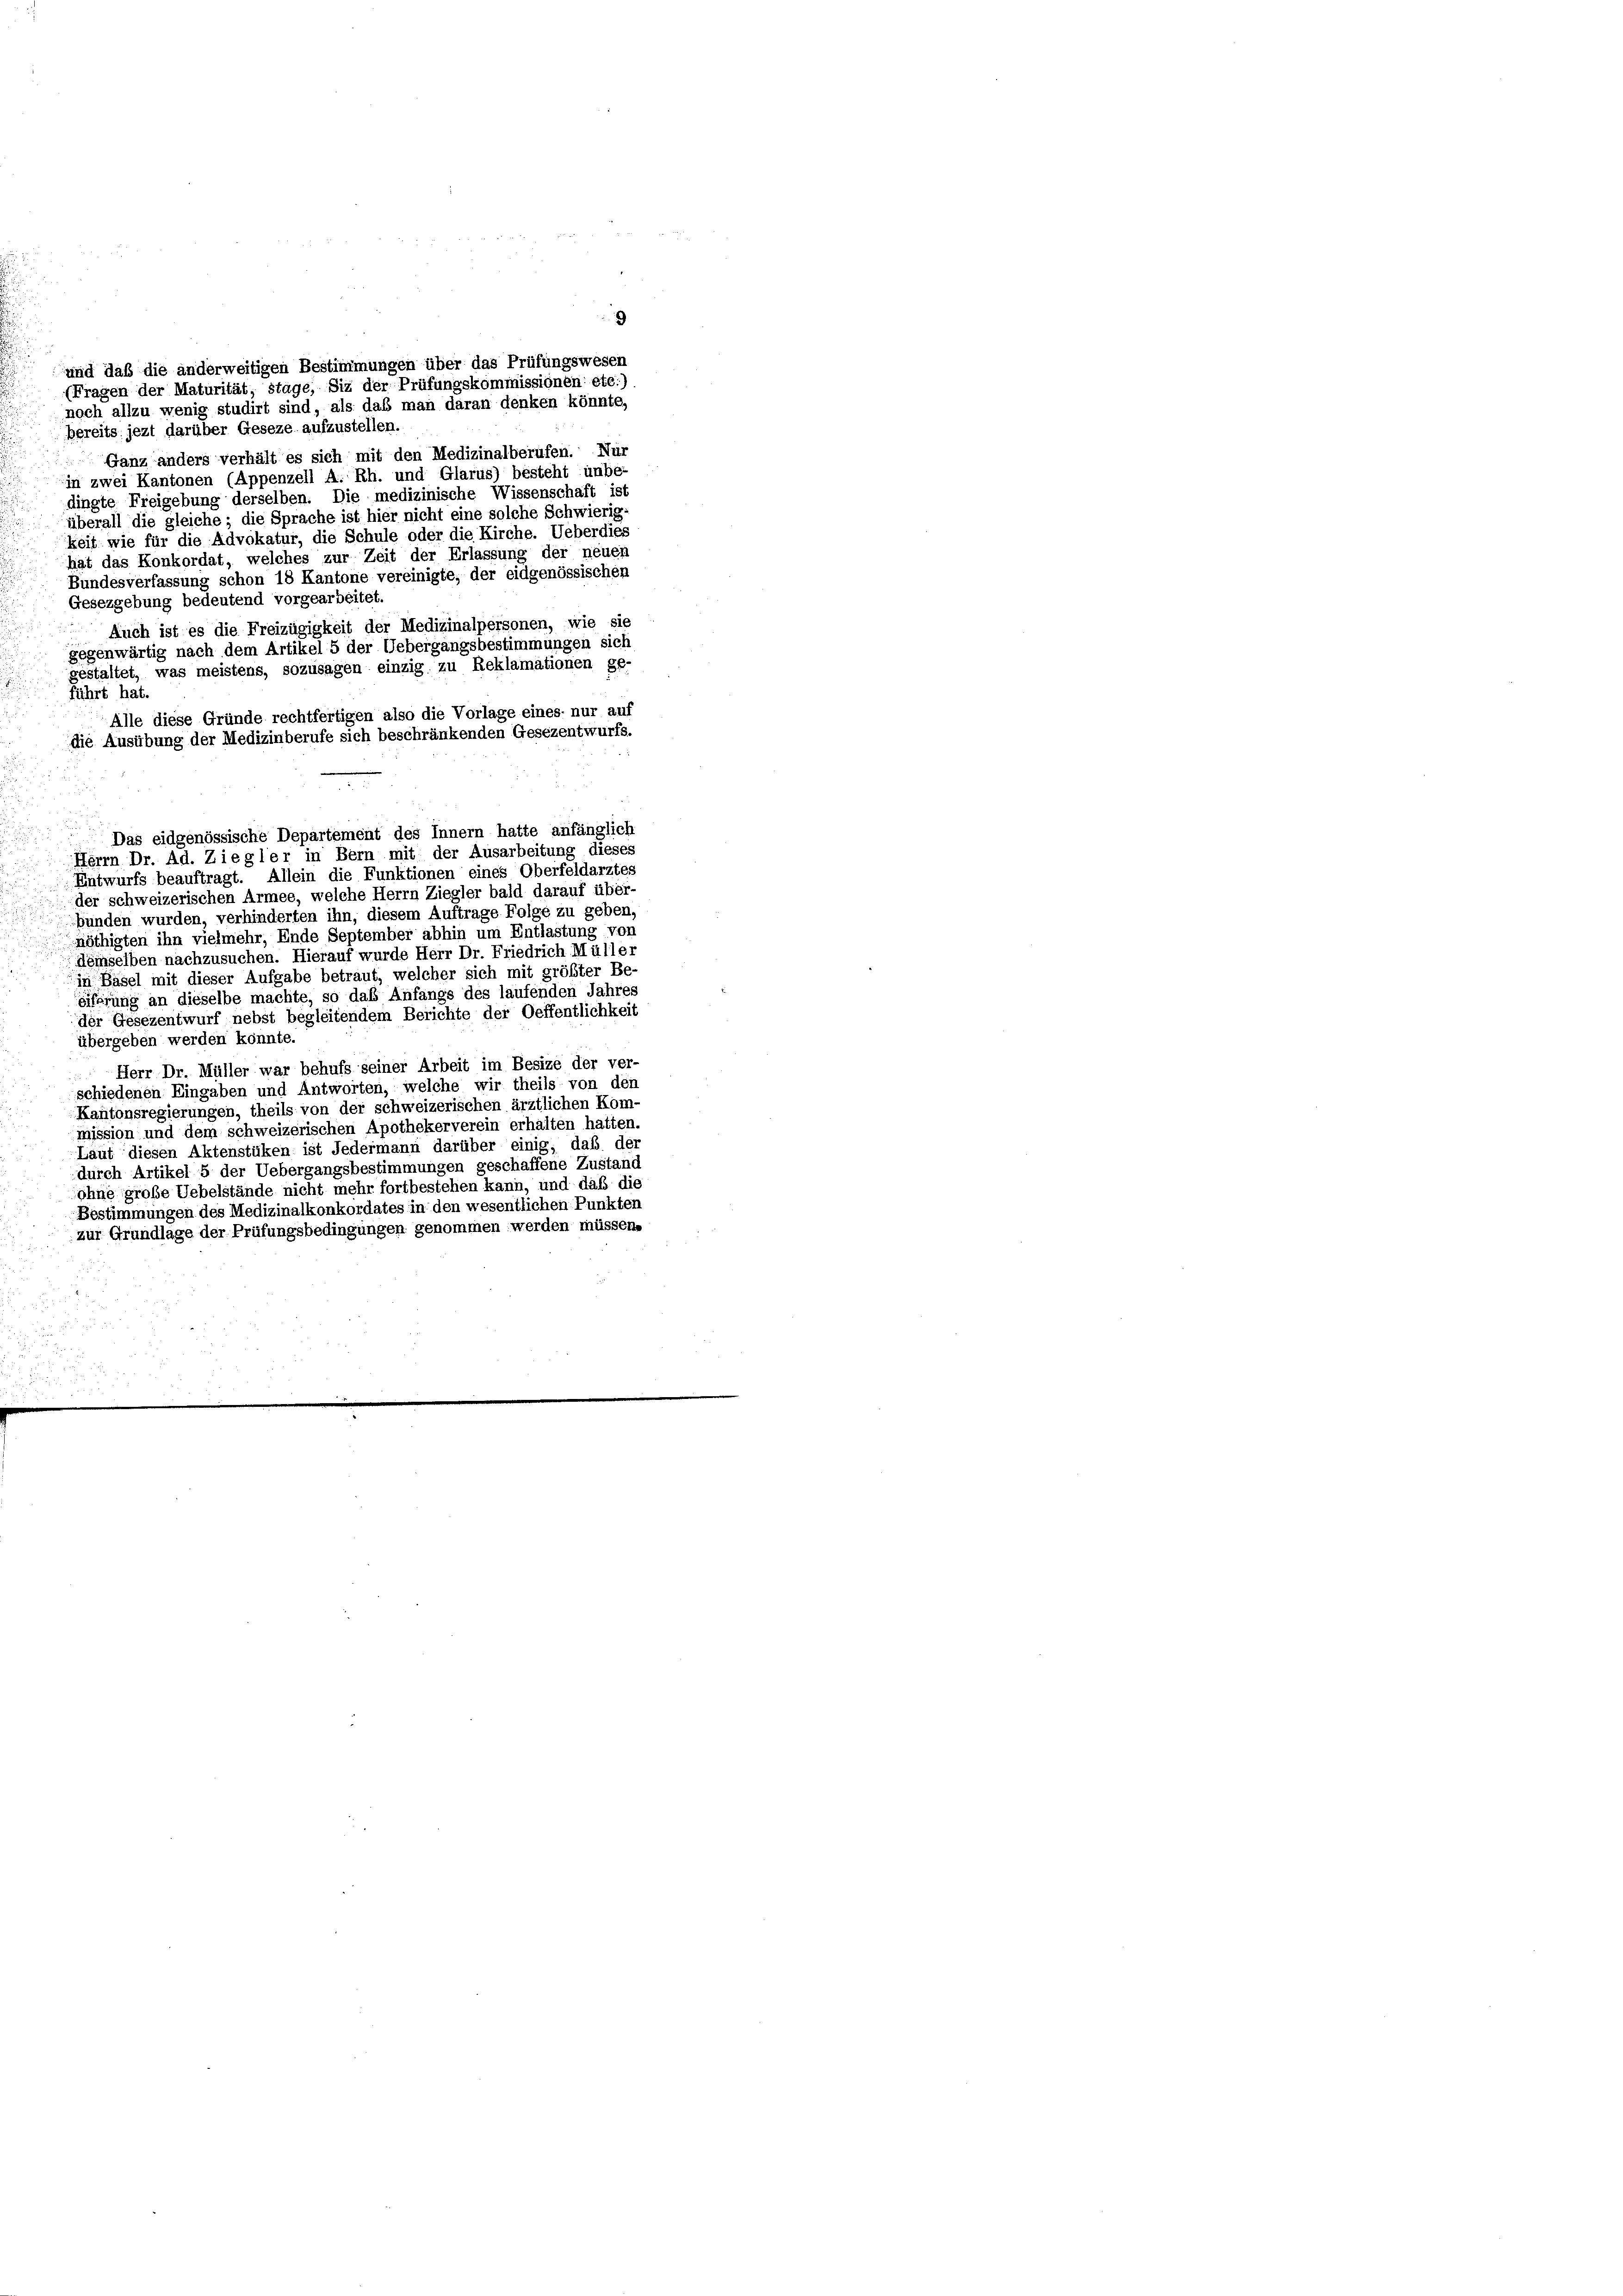
keit wie für die Advokatur, die Schule oder die Kirche. Ueberdies
hat das Konkordat, welches zur Zeit der Erlassung der neuer
Bundesverfassung schon 18 Kantone vereinigte, der eidgenössischen
Gesezgebung bedeutend vorgearbeitet,
Auch ist es die Freizügigkeit der Medizinalpersonen, wie sie
gegenwärtig nach dem Artikel 5 der Uebergangsbestimmungen sich
gestaltet, was meistens, sozusagen einzig zu Reklamationen ge-
führt hat.
Alle diese Gründe rechtfertigen also die Vorlage eines- nur auf
die Ausübung der Medizinberufe sich beschränkenden Gesezentwurfs.
Das eidgenössische Departement des Innern hatte anfänglich
Herrn Dr. Ad. Ziegler in Bern mit der Ausarbeitung dieses
Entwurfs beauftragt. Allein die Funktionen eines Oberfeldarztes
der schweizerischen Armee, welche Herrn Ziegler bald darauf über-
bünden wurden, verhinderten ihn, diesem Auftrage Folge zu geben,
nöthigten ihn vielmehr, Ende September abhin um Entlastung von
demselben nachzusuchen. Hierauf wurde Herr Dr. Friedrich Müller
in Basel mit dieser Aufgabe betraut, welcher sich mit größter Be-
eiferung an dieselbe machte, so das Anfangs des laufenden Jahres
der Gesezentwurf nebst begleitendem Berichte der Oeffentlichkeit
übergeben werden könnte.
Herr Dr. Müller war behufs seiner Arbeit im Besize der ver-
schiedenen Eingaben und Antworten, welche wir theils von den
Kantonsregierungen, theils von der schweizerischen ärztlichen Kom-
mission und dem schweizerischen Apothekerverein erhalten hatten.
Laut diesen Aktenstüken ist Jedermann darüber einig, daß der
durch Artikel 5 der Uebergangsbestimmungen geschaffene Zustand
ohne große Uebelstände nicht mehr fortbestehen kann, und daß die
Bestimmungen des Medizinalkonkordates in den wesentlichen Punkten
zur Grundlage der Prüfungsbedingungen genommen werden müssen.

und daß die anderweitigen Bestimmungen über das Prüfungswesen
(Fragen der Maturität, stage, Siz der Prüfungskommissionen etc.)
noch allzu wenig studirt sind, als das man daran denken könnte,
bereits jezt darüber Geseze aufzustellen.
Ganz anders verhält es sich mit den Medizinalberufen. Nur
in zwei Kantonen (Appenzell A. Rh. und Glarus) besteht unbe
dingte Freigebung derselben. Die medizinische Wissenschaft ist
überall die gleiche; die Sprache ist hier nicht eine solche Schwierig-